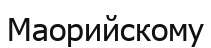
Маорийскому